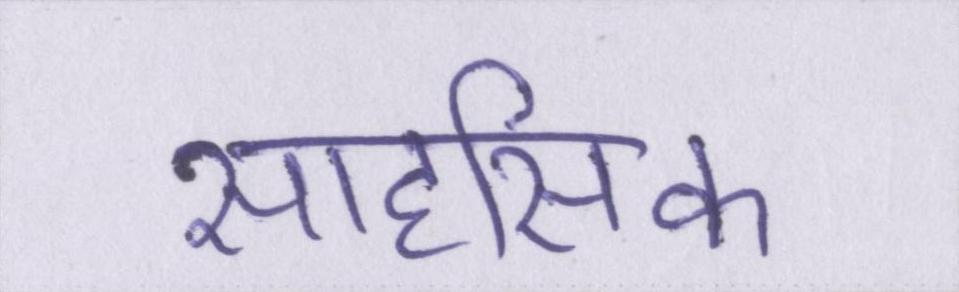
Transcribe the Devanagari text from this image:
साहसिक